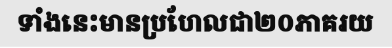
ទាំងនេះមានប្រហែលជា២០ភាគរយ